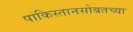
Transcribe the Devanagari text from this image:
पाकिस्तानसोबतच्या